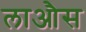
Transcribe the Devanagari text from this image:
लाऔस